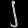
Digit: ၂